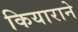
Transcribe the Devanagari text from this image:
कियाराने